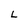
Character: L